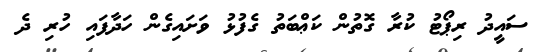
ސައީދު ރިޕޯޓު ކުރާ ގޮތުން ކަޢްބަތު ގެފުޅު ވަށައިގެން ހަދާފައި ހުރި ދެ